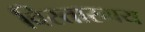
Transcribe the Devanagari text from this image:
विस्तारमय